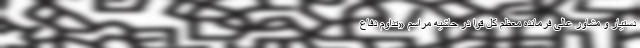
دستیار و مشاور عالی فرمانده معظم کل قوا در حاشیه مراسم «تداوم دفاع